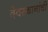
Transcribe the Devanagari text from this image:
देवस्थानांची